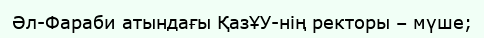
Әл-Фараби атындағы ҚазҰУ-нің ректоры – мүше;